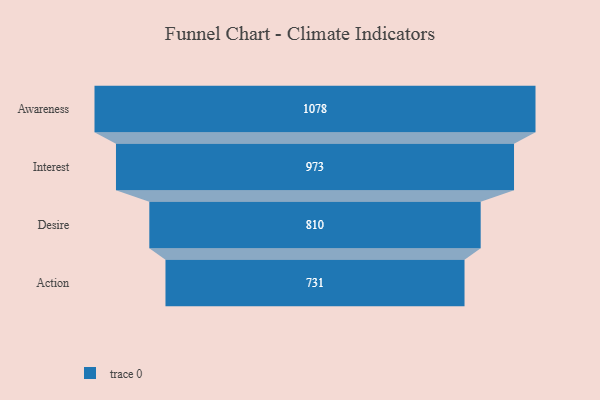
{"axis": {"x": "Stage", "y": "Value"}, "legend": [""], "data": [{"x": "Awareness", "y": 1078.0, "type": ""}, {"x": "Interest", "y": 973.0, "type": ""}, {"x": "Desire", "y": 810.0, "type": ""}, {"x": "Action", "y": 731.0, "type": ""}]}